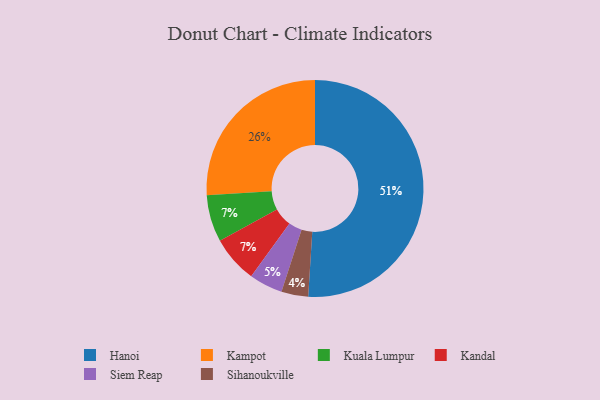
{"axis": {"x": "Category", "y": "Percentage"}, "legend": ["Hanoi", "Kampot", "Kandal", "Kuala Lumpur", "Siem Reap", "Sihanoukville"], "data": [{"x": "Kuala Lumpur", "y": 7, "type": "Kuala Lumpur"}, {"x": "Hanoi", "y": 51, "type": "Hanoi"}, {"x": "Sihanoukville", "y": 4, "type": "Sihanoukville"}, {"x": "Kampot", "y": 26, "type": "Kampot"}, {"x": "Kandal", "y": 7, "type": "Kandal"}, {"x": "Siem Reap", "y": 5, "type": "Siem Reap"}]}